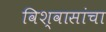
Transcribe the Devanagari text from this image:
विश्वासांचा